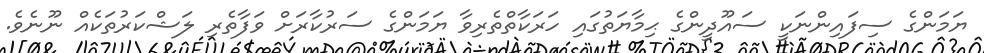
ޔަމަންގެ ސިފައިންނަކީ ސައޫދީންގެ ޙިމާޔަތުގައި ހަރަކާތްތެރިވާ ޔަމަންގެ ސަރުކާރަށް ވަފާތެރި ލަޝްކަރުތަކެއް ނޫނެވެ.